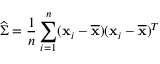
{ \widehat { \boldsymbol { \Sigma } } } = { \frac { 1 } { n } } \sum _ { i = 1 } ^ { n } ( { \mathbf { x } } _ { i } - { \overline { { \mathbf { x } } } } ) ( { \mathbf { x } } _ { i } - { \overline { { \mathbf { x } } } } ) ^ { T }